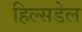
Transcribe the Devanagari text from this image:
हिल्सडेल